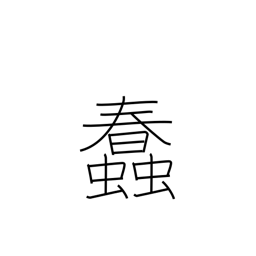
Meaning: wriggle